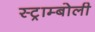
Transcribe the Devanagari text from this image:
स्ट्राम्बोली